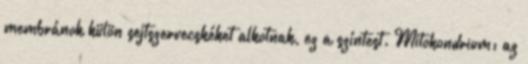
membránok külön sejtszervecskéket alkotnak, ez a színtest. Mitokondrium: az